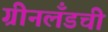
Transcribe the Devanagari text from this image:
ग्रीनलँडची